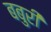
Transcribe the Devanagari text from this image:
बबुरी